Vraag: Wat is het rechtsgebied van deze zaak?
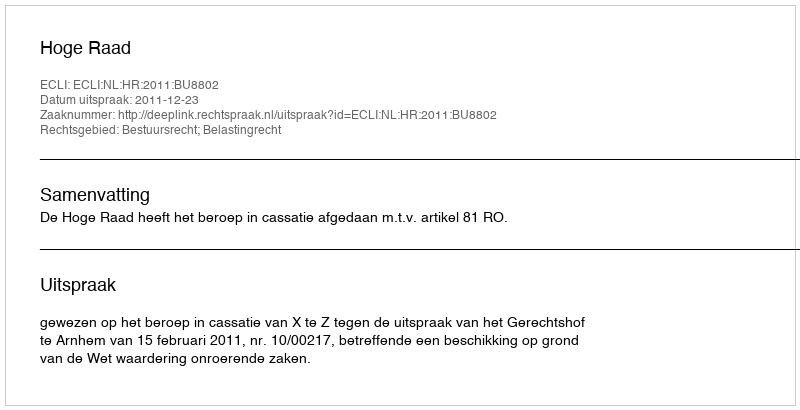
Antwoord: Bestuursrecht; Belastingrecht